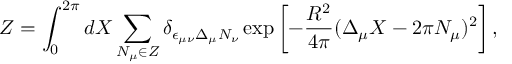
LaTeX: Z = \int _ { 0 } ^ { 2 \pi } d X \sum _ { N _ { \mu } \in Z } \delta _ { \epsilon _ { \mu \nu } \Delta _ { \mu } N _ { \nu } } \exp \left[ - \frac { R ^ { 2 } } { 4 \pi } ( \Delta _ { \mu } X - 2 \pi N _ { \mu } ) ^ { 2 } \right] ,